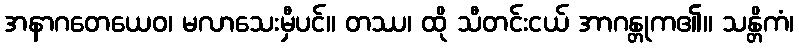
အနာဂတေယေဝ၊ မလာသေးမှီပင်။ တဿ၊ ထို သီတင်းငယ် အာဂန္တုက၏။ သန္တိကံ၊